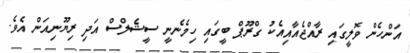
އަންހެން ވޮލީގައި ރާއްޖެއާއިއެކު ގްރޫޕް ބީގައި ހިމެނެނީ ސީޝެލްސް އަދި ރިޔޫނިއަން އެވެ.